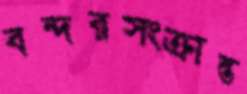
বন্দরসংক্রান্ত